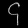
Digit: ၄